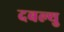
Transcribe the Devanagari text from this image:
दबल्यु